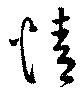
情